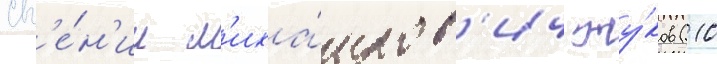
Евг'е́н'ии м'иха́илов'ич жу́ков (10